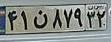
۴۱ن۸۷۹۳۲